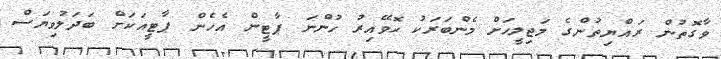
ވާގޮތުން ރައްޔިތުންގެ މަޖިލީހަށް މެންބަރަކު ހޮވޭއިރު ހުންނަ ޕާޓީން އެހެން ޕާޓީއަކަށް ބަދަލުވިޔަސް